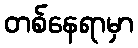
တစ်နေရာမှာ